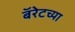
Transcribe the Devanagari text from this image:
बॅरेटच्या